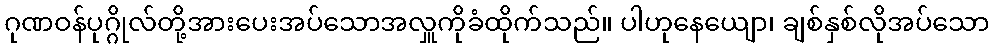
ဂုဏဝန်ပုဂ္ဂိုလ်တို့အားပေးအပ်သောအလှူကိုခံထိုက်သည်။ ပါဟုနေယျော၊ ချစ်နှစ်လိုအပ်သော